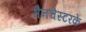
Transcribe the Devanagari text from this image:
मैनचेस्टरके